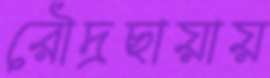
রৌদ্রছায়ায়